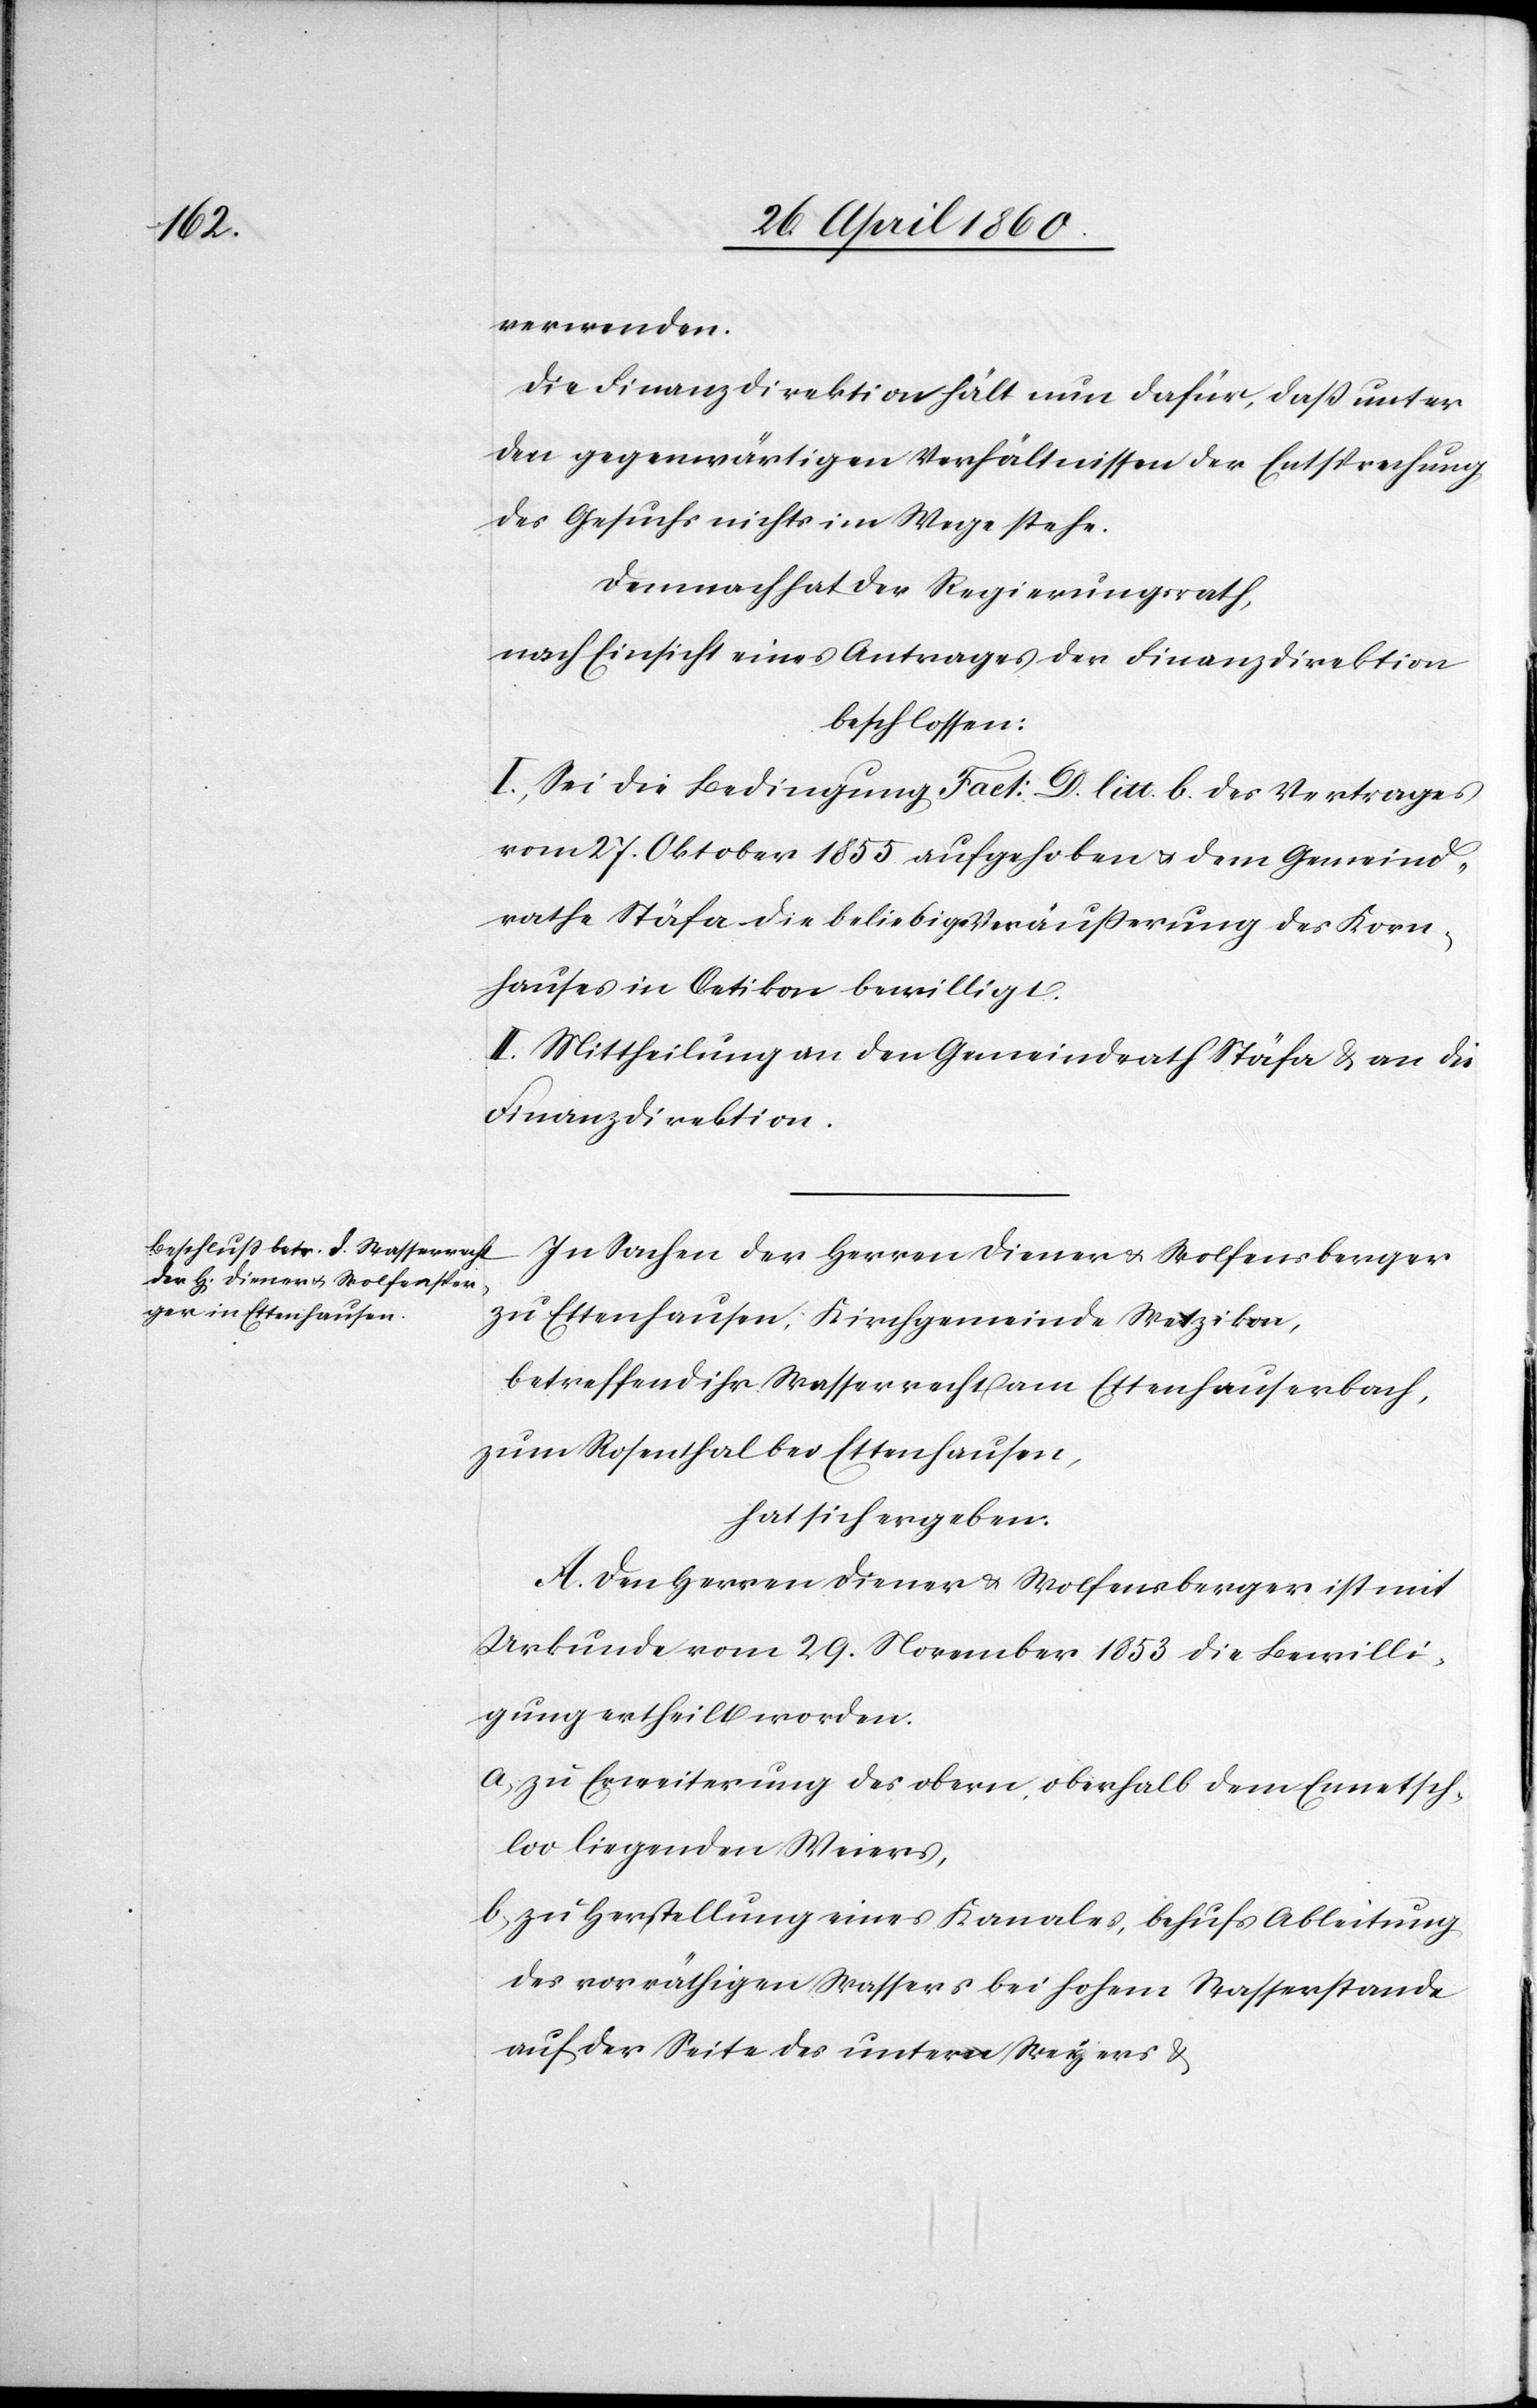
verwenden.
Die Finanzdirektion hält nun dafür, dass unter
den gegenwärtigen Verhältnissen der Entsprechung
des Gesuchs nichts im Wege stehe.
Demnach hat der Regierungsrath,
nach Einsicht eines Antrages der Finanzdirektion
beschlossen:
I. Sei die Bedingung Fact. D. litt. b. des Vertrages
vom 27. Oktober 1855 aufgehoben u. dem Gemeind¬
rathe Stäfa die beliebige Veräusserung des Korn¬
hauses in Oetikon bewilligt.
II. Mittheilung an den Gemeindrath Stäfa u. an die
Finanzdirektion.
In Sachen der Herren Diener u. Wolfensberger
zu Ettenhausen, Kirchgemeinde Wetzikon,
betreffend ihr Wasserrecht am Ettenhauserbach,
zum Rosenthal bei Ettenhausen,
hat sich ergeben:
A. Den Herren Diener u. Wolfensberger ist mit
Urkunde vom 29. November 1853 die Bewilli¬
gung ertheilt worden:
a) zu Erweiterung des obern, oberhalb dem Ennetsch¬
loo liegenden Weiers.
b) zu Herstellung eines Kanales, behufs Ableitung
des vorräthigen Wassers bei hohem Wasserstande
auf der Seite des untern Weyers u.